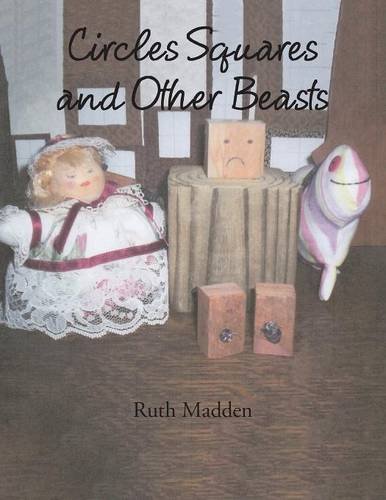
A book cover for Circles Squares and Other Beasts; Ruth Madden; Crafts, Hobbies & Home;